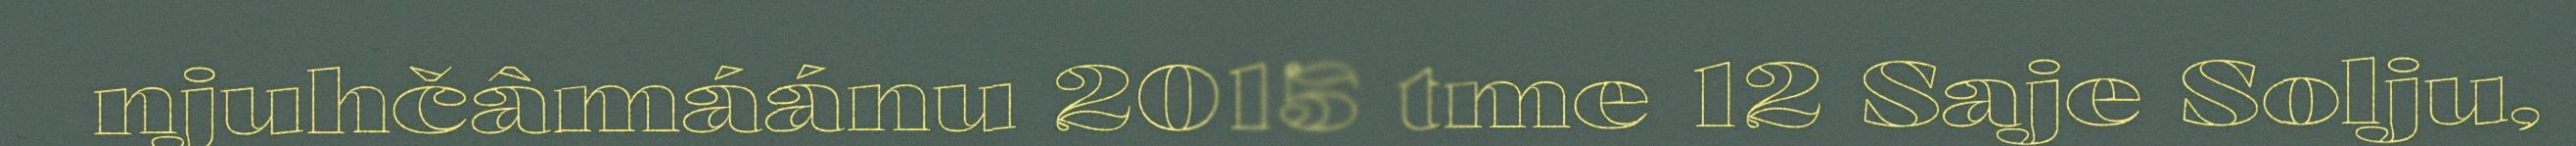
njuhčâmáánu 2015 tme 12 Saje Solju,